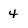
Character: 4